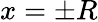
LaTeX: x=\pm R